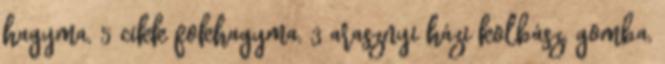
hagyma, 5 cikk fokhagyma, 3 arasznyi házi kolbász, gomba,